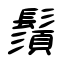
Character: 鬚